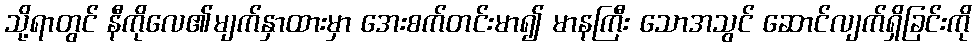
သို့ရာတွင် နီကိုလေ၏မျက်နှာထားမှာ အေးစက်တင်းမာ၍ မာနကြီး သောအသွင် ဆောင်လျက်ရှိခြင်းကို